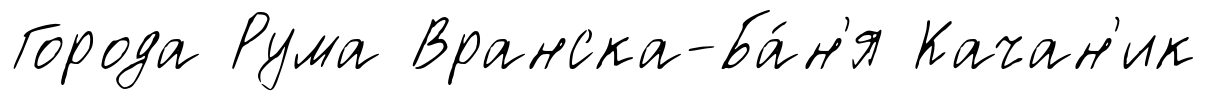
Города Рума Вранска-Ба́н'я Качан'ик